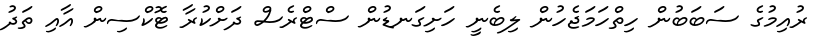
ރުއިމުގެ ސަބަބުން ހިތްހަމަޖެހުން ލިބެނީ ހަށިގަނޑުން ސްޓްރެސް ދަށްކުރާ ޓޮކްސިން އާއި ތަދު